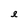
Character: e